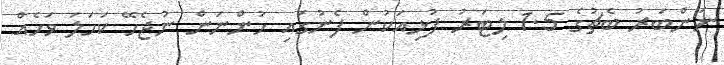
ނަންބަރު ބެޗުުގެ 1.5 ލިޓަރު ފުޅިއަކުން ފެނުގައި ހުންނަން ނުޖެހޭ ކަހަލަ ވަހެއް